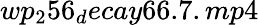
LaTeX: wp_{2}56_{d}ecay66.7.mp4